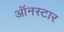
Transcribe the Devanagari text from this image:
ऑनस्टार